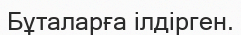
Бұталарға ілдірген.